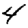
Digit: 4